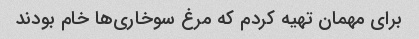
برای مهمان تهیه کردم که مرغ سوخاری‌ها خام بودند